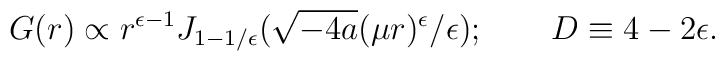
G(r)\propto r^{\epsilon -1}J_{1-1/\epsilon }(\sqrt{-4a}(\mu r)^\epsilon/\epsilon );\qquad D\equiv 4-2\epsilon .